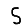
Digit: 5